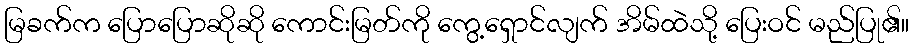
မြခက်က ပြောပြောဆိုဆို ကောင်းမြတ်ကို ကွေ့ရှောင်လျက် အိမ်ထဲသို့ ပြေးဝင် မည်ပြု၏။